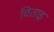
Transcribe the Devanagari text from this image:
विताइ